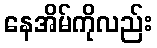
နေအိမ်ကိုလည်း